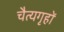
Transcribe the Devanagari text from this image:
चैत्यगृहों